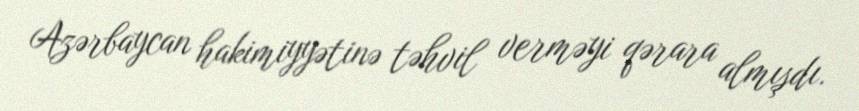
Azərbaycan hakimiyyətinə təhvil verməyi qərara almışdı.